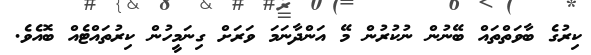
ކިރުގެ ބާވަތްތައް ބޭނުން ނުކުރުން މޭ އަންދާނަމަ ވަރަށް ގިނަމީހުން ކިރުތައްޓެއް ބޮއެވެ.